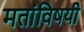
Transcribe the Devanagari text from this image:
मतांविषयी